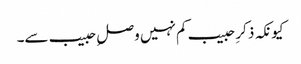
کیونکہ ذکرِ حبیب کم نہیں وصلِ حبیب سے۔